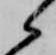
候